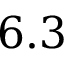
6 . 3